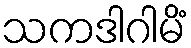
သကဒါဂါမိံ